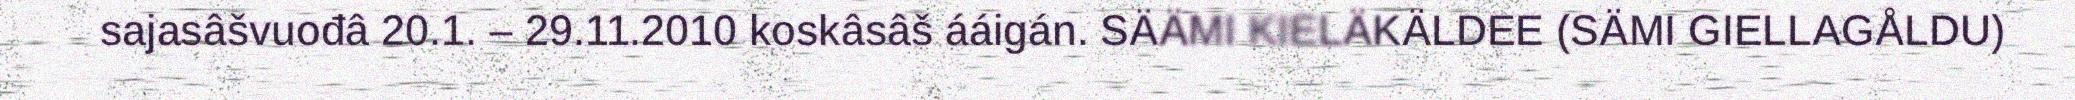
sajasâšvuođâ 20.1. – 29.11.2010 koskâsâš ááigán. SÄÄMI KIELÄKÄLDEE (SÄMI GIELLAGÅLDU)